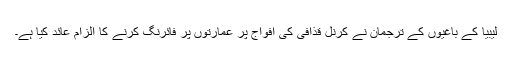
لیبیا کے باغیوں کے ترجمان نے کرنل قذافی کی افواج پر عمارتوں پر فائرنگ کرنے کا الزام عائد کیا ہے۔